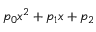
p _ { 0 } x ^ { 2 } + p _ { 1 } x + p _ { 2 }